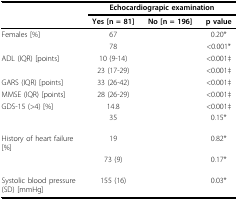
<table><thead><tr><td>[EMPTY_CELL]</td><td colspan="3"><b>Echocardiograpic examination</b></td></tr><tr><td>[EMPTY_CELL]</td><td><b>Yes [n = 81]</b></td><td><b>No [n = 196]</b></td><td><b>p value</b></td></tr></thead><tbody><tr><td>Females [%]</td><td>67</td><td>[EMPTY_CELL]</td><td>0.20*</td></tr><tr><td>[EMPTY_CELL]</td><td>78</td><td>[EMPTY_CELL]</td><td>&lt;0.001*</td></tr><tr><td>ADL (IQR) [points]</td><td>10 (9-14)</td><td>[EMPTY_CELL]</td><td>&lt;0.001‡</td></tr><tr><td>[EMPTY_CELL]</td><td>23 (17-29)</td><td>[EMPTY_CELL]</td><td>&lt;0.001‡</td></tr><tr><td>GARS (IQR) [points]</td><td>33 (26-42)</td><td>[EMPTY_CELL]</td><td>&lt;0.001‡</td></tr><tr><td>MMSE (IQR) [points]</td><td>28 (26-29)</td><td>[EMPTY_CELL]</td><td>&lt;0.001‡</td></tr><tr><td>GDS-15 (&gt;4) [%]</td><td>14.8</td><td>[EMPTY_CELL]</td><td>&lt;0.001‡</td></tr><tr><td>[EMPTY_CELL]</td><td>35</td><td>[EMPTY_CELL]</td><td>0.15*</td></tr><tr><td>History of heart failure [%]</td><td>19</td><td>[EMPTY_CELL]</td><td>0.82*</td></tr><tr><td>[EMPTY_CELL]</td><td>73 (9)</td><td>[EMPTY_CELL]</td><td>0.17*</td></tr><tr><td>Systolic blood pressure (SD) [mmHg]</td><td>155 (16)</td><td>[EMPTY_CELL]</td><td>0.03*</td></tr></tbody></table>